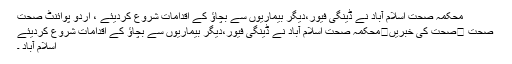
محکمہ صحت اسلام آباد نے ڈینگی فیور،دیگر بیماریوں سے بچاؤ کے اقدامات شروع کردیئے ، اُردو پوائنٹ صحت
صحت ⬅صحت کی خبریں⬅محکمہ صحت اسلام آباد نے ڈینگی فیور،دیگر بیماریوں سے بچاؤ کے اقدامات شروع کردیئے
اسلام آباد ۔